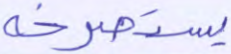
يستصرخه